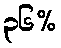
၃၆%